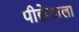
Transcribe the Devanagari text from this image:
पीछेवाला